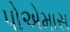
પોએમાસ